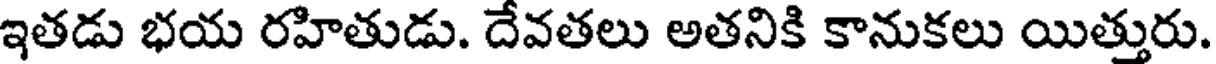
ఇతడు భయ రహితుడు. దేవతలు అతనికి కానుకలు యిత్తురు